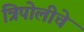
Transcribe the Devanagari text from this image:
त्रिपोलीचे